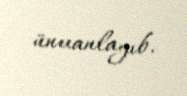
ünvanlayıb.